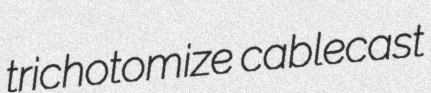
trichotomize cablecast